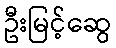
ဦးမြင့်ဆွေ